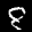
Label: 8